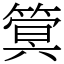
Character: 䈿